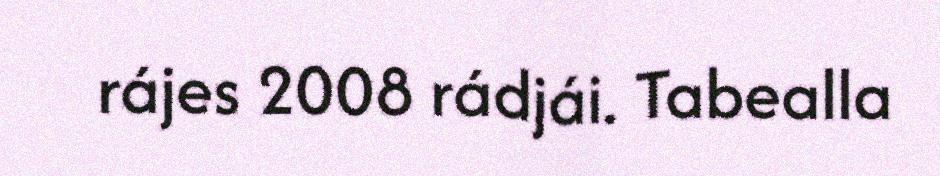
rájes 2008 rádjái. Tabealla